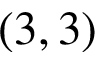
( 3 , 3 )